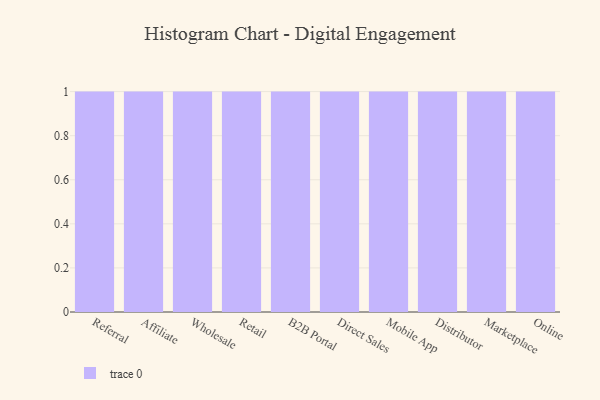
{"axis": {"x": "Channel", "y": "Conversion Rate (%)"}, "legend": [""], "data": [{"x": "Referral", "y": 3, "type": ""}, {"x": "Affiliate", "y": 44, "type": ""}, {"x": "Wholesale", "y": 6, "type": ""}, {"x": "Retail", "y": 74, "type": ""}, {"x": "B2B Portal", "y": 8, "type": ""}, {"x": "Direct Sales", "y": 74, "type": ""}, {"x": "Mobile App", "y": 28, "type": ""}, {"x": "Distributor", "y": 65, "type": ""}, {"x": "Marketplace", "y": 55, "type": ""}, {"x": "Online", "y": 73, "type": ""}]}